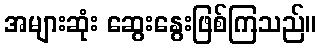
အများဆုံး ဆွေးနွေးဖြစ်ကြသည်။